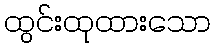
ထွင်းထုထားသော